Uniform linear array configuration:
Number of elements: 8
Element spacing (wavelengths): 1
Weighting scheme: binomial
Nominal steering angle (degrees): -45
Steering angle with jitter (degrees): -45.775
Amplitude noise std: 0.05
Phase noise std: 0.05

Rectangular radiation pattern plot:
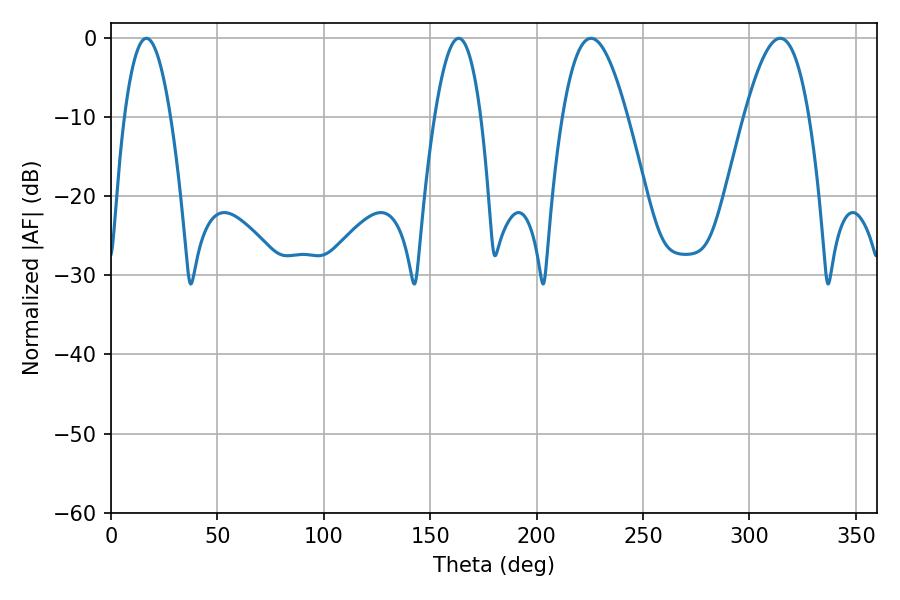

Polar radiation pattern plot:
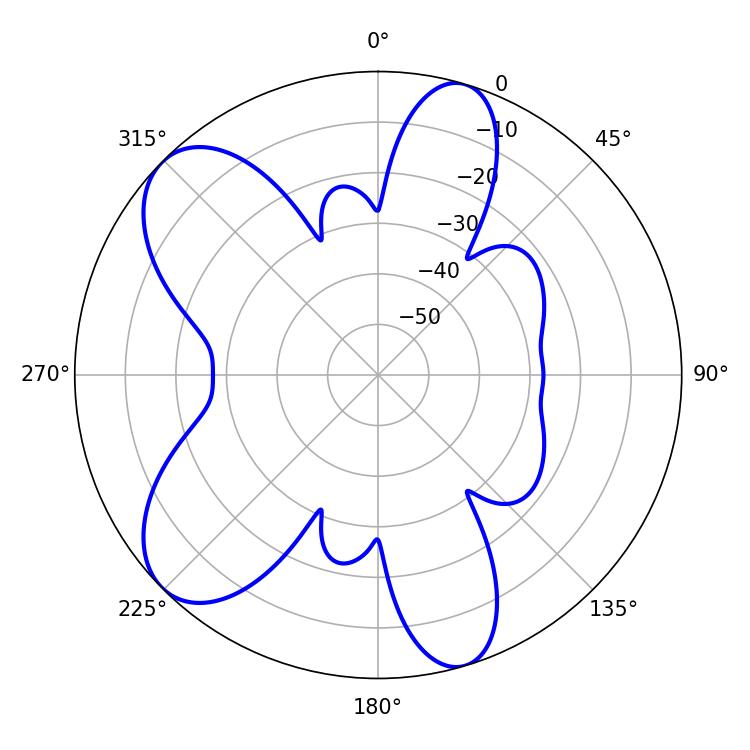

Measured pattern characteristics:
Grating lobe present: TRUE
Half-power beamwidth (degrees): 16.56
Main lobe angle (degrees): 225.54